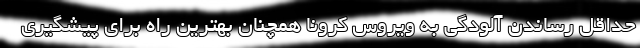
حداقل رساندن آلودگی به ویروس کرونا همچنان بهترین راه برای پیشگیری